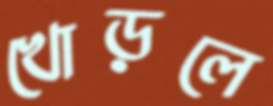
খোড়লে